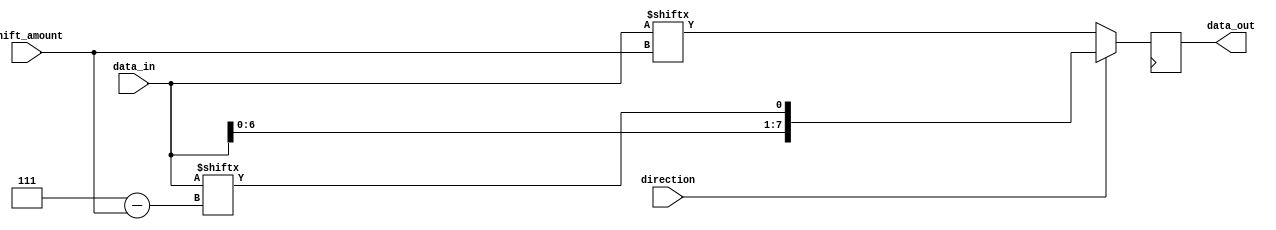
module Barrel_Shifter (
    input wire [7:0] data_in, // Input binary word
    input wire [2:0] shift_amount, // Number of positions to shift
    input wire direction, // Shift direction (0 for left, 1 for right)
    output reg [7:0] data_out // Output shifted binary word
);

always @ (posedge clk) begin
    if (direction == 0) begin // Left shift
        data_out <= {data_in[shift_amount+7:0], data_in[7:shift_amount]};
    end else begin // Right shift
        data_out <= {data_in[7-shift_amount:0], data_in[7:7-shift_amount]};
    end
end

endmodule